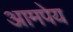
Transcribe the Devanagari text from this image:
आमपेय